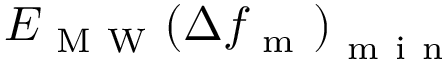
E _ { \mathrm { ~ M ~ W ~ } } { ( } \Delta f _ { \mathrm { ~ m ~ } } { ) } _ { \mathrm { ~ m ~ i ~ n ~ } }